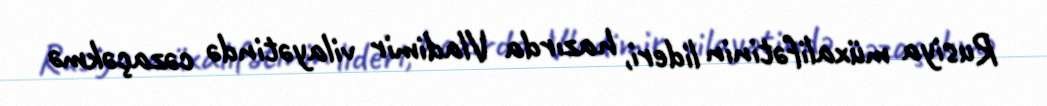
Rusiya müxalifətinin lideri, hazırda Vladimir vilayətində cəzaçəkmə